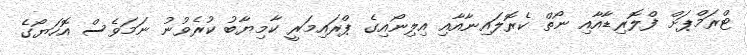
ޓްރަމްޕަށް ފްލޮރިޑާއާއި ނޯތް ކެރޮލައިނާއާއި އިލިނޯއިގެ ޕްރައިމަރީ ކާމިޔާބު ކުރެވުނު ނަމަވެސް އޮހަޔޯގެ